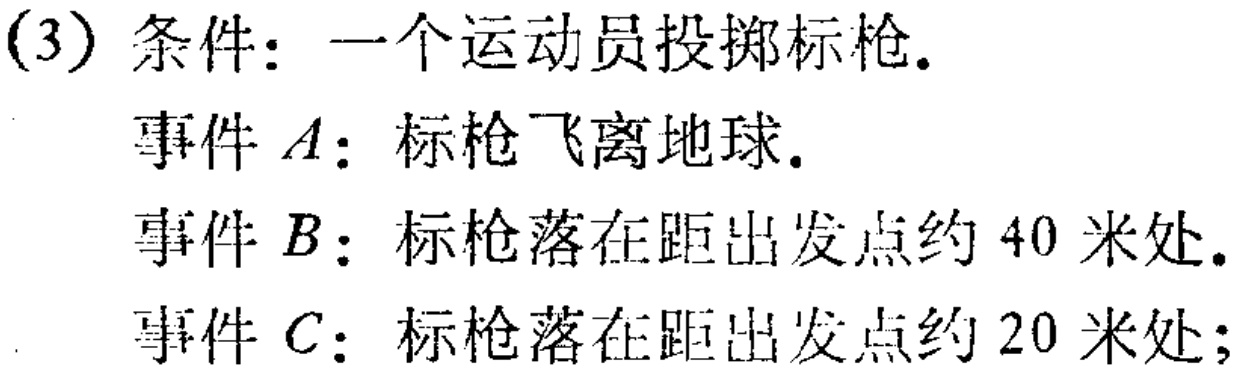
(3) 条件：一个运动员投掷标枪.
事件 \(A\)：标枪飞离地球.
事件 \(B\)：标枪落在距出发点约 \(40\) 米处.
事件 \(C\)：标枪落在距出发点约 \(20\) 米处;